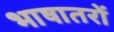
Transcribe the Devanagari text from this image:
भाषातरों